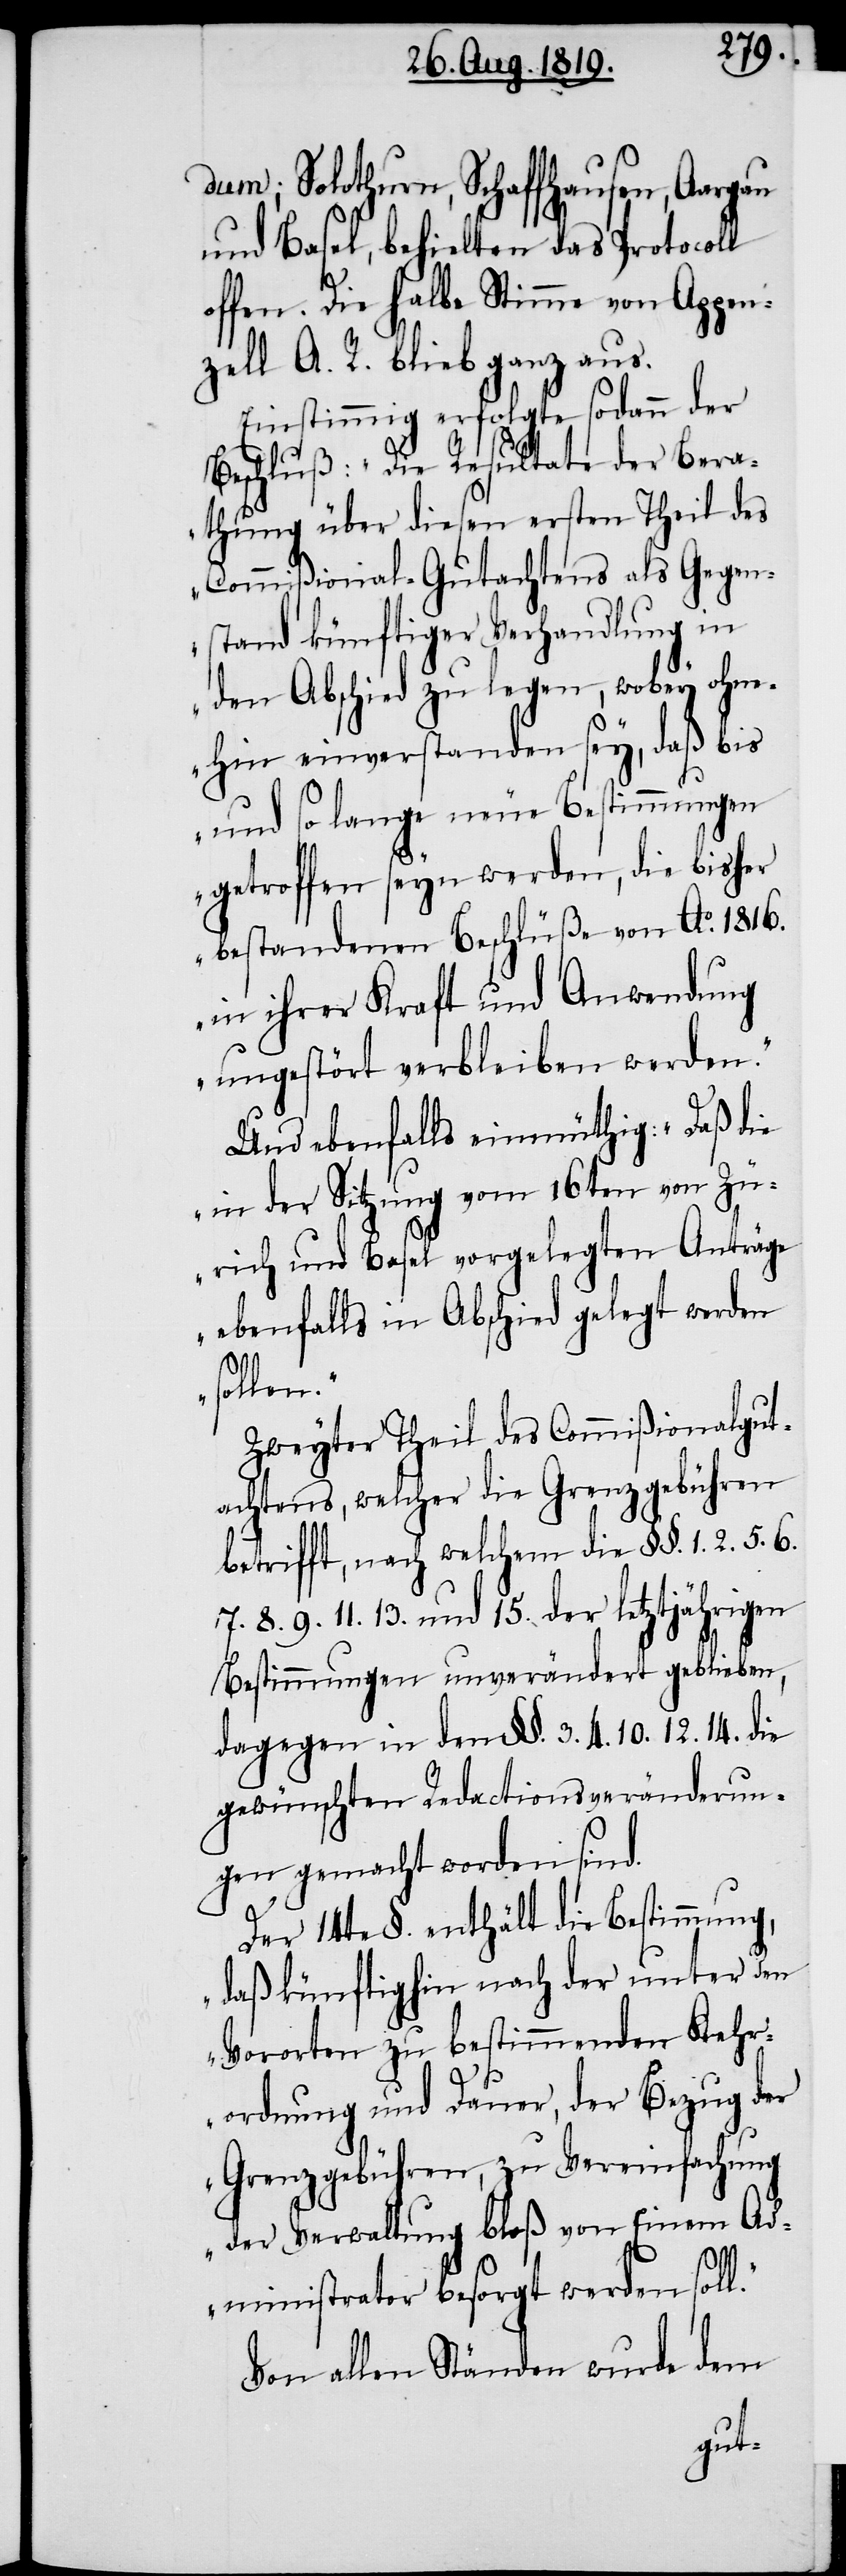
dum; Solothurn, Schaffhausen, Aargau,
und Basel, behielten das Protocoll
offen. Die halbe Stimme von Appen¬
zell A. R. blieb ganz aus.
Einstimmig erfolgte sodann der
Beschluß: „Die Resultate der Bera¬
thung über diesen ersten Theil des
Commißional-Gutachtens als Gegen¬
stand künftiger Verhandlung in
den Abschied zu legen, wobey ohne¬
hin einverstanden sey, daß bis
und so lange neue Bestimmungen
getroffen seyn werden, die bisher
bestandenen Beschlüße von Ao. 1816.
in ihrer Kraft und Anwendung
ungestört verbleiben werden.“
Und ebenfalls einmüthig: „Daß die
in der Sitzung vom 16ten von Zü¬
rich und Basel vorgelegten Anträge
ebenfalls in Abschied gelegt werden
sollen.“
Zweyter Theil des Commißionalgut¬
achtens, welcher die Grenzgebühren
betrifft, nach welchem die §§. 1. 2. 5.
7. 8. 9. 11. 13. und 15. der letztjährigen
Bestimmungen unverändert geblieben,
dagegen in den §§. 3. 4. 10. 12. 14. die
gewünschten Redactionsveränderun¬
gen gemacht worden sind.
Der 14te §. enthält die Bestimmung,
daß künftighin nach der unter den
Vororten zu bestimmenden Kehr¬
ordnung und Dauer, der Bezug der
Grenzgebühren, zu Vereinfachung
der Verwaltung bloß von Einem Ad¬
ministrator besorgt werden soll.“
Von allen Ständen wurde dem